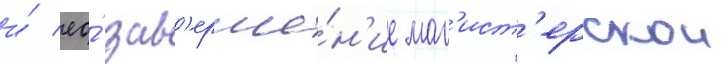
и́ ео́ зав'ерше́н'ие маг'ист'ерскои